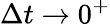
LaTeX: \Delta{t}\to 0^{+}